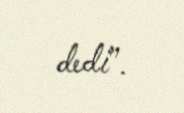
dedi”.